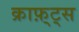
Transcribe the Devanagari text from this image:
क्राफ़्ट्स